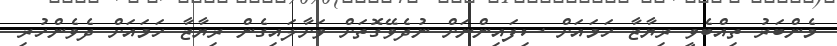
މެންބަރު ތިއްބެވީ ރިޔާޒާ ހަމައަށް ސިފައިންނަށް ނުދެވޭގޮތަށް ވަށާލައިގެން ރިޔާޒާ ހަމައަށް ދެވެންހުރި